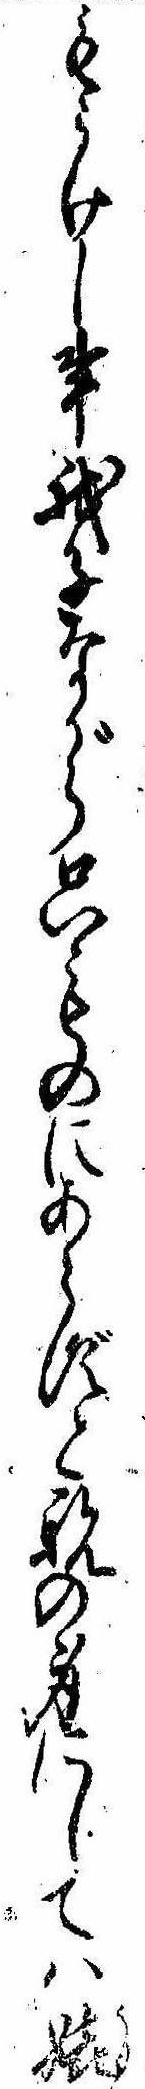
もうけし事我子ながら只ものにあらずと親の身にしては嬉